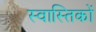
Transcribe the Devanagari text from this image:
स्वास्तिकों